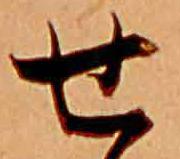
せ